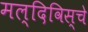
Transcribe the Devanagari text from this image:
मल्दिविस्चे